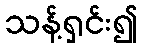
သန့်ရှင်း၍